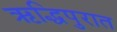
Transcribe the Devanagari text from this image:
ऋद्धिपुरात